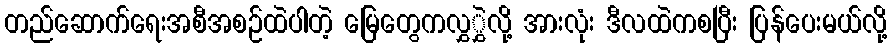
တည်ဆောက်ရေးအစီအစဉ်ထဲပါတဲ့ မြေတွေကလွှွှဲလို့ အားလုံး ဒီလထဲကစပြီး ပြန်ပေးမယ်လို့